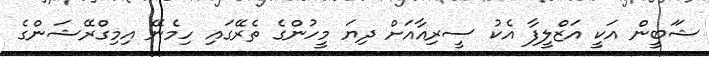
ޝަަބީން އަކީ އަޒްްލީފާ އެކު ސީރިއާއަށް ދިޔަ މީހުންގެ ތެރޭގައި ހިމެނޭ އިމިގްރޭޝަންގެ